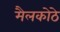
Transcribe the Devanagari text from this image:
मैलकोठे